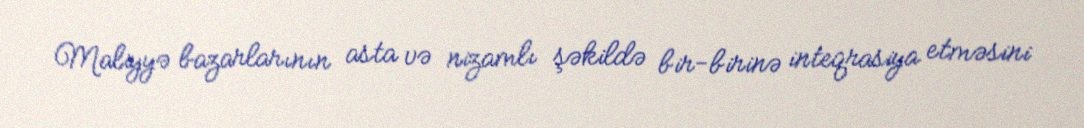
Maliyyə bazarlarının asta və nizamlı şəkildə bir-birinə inteqrasiya etməsini